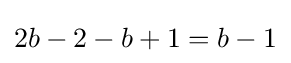
2b-2-b+1=b-1